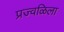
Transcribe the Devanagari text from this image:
प्रज्वळिला